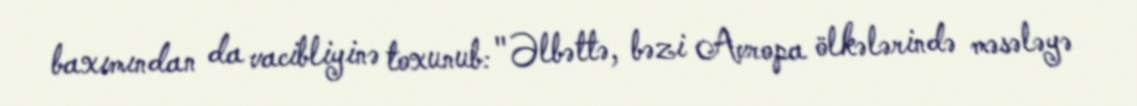
baxımından da vacibliyinə toxunub: "Əlbəttə, bəzi Avropa ölkələrində məsələyə